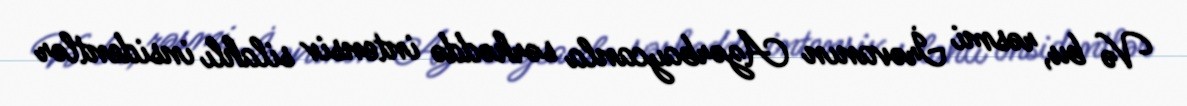
Və bu, rəsmi İrəvanın Azərbaycanla sərhəddə intensiv silahlı insidentlər